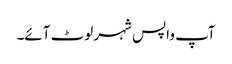
آپ واپس شہر لوٹ آئے۔